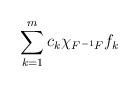
LaTeX: \begin{align*}\sum_{k=1}^m c_k \chi_{F^{-1}F} f_k\end{align*}